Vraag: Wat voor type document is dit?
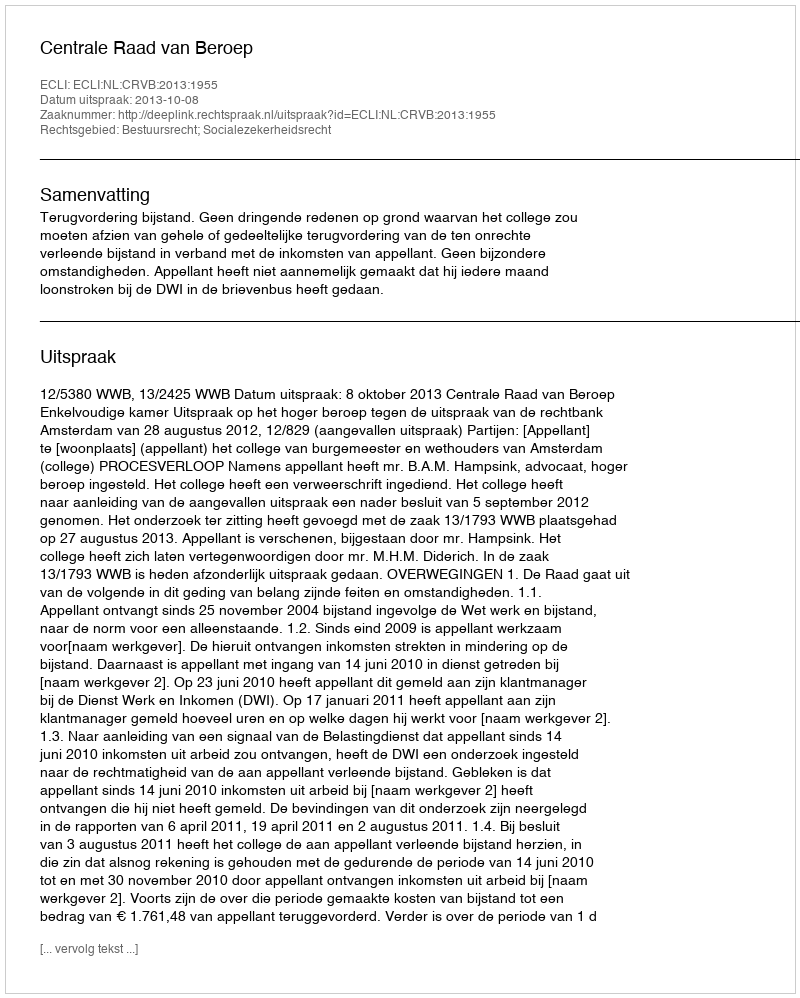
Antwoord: Uitspraak